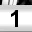
Digit: 1